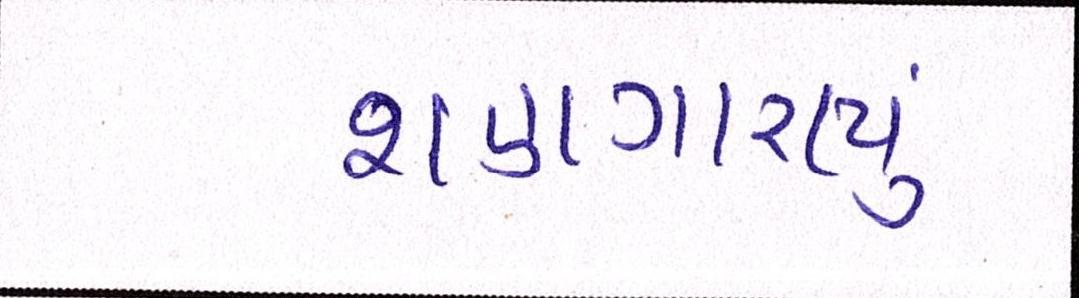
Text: શણગારાયું